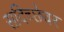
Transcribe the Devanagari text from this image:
सदिच्छेवर